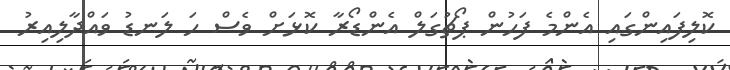
ކޮލިފައިންގައި އެންމެ ފަހުން ޕޯޗުގަލް އެންޑޯރާ ކޮޅަށް ވެސް ހަ ލަނޑު ވައްދާލިއިރު